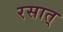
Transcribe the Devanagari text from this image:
रसात्